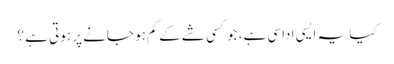
کیا یہ ایسی اداسی ہے، جو کسی شے کے گم ہو جانے پر ہوتی ہے ؟